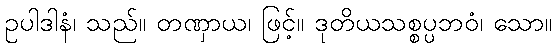
ဥပါဒါနံ၊ သည်။ တဏှာယ၊ ဖြင့်။ ဒုတိယသစ္စပ္ပဘဝံ၊ သော။